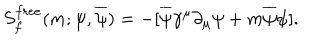
S _ { f } ^ { f r e e } ( m ; \psi , \overline { { \psi } } ) = - \lbrack \overline { { \psi } } \gamma ^ { \mu } \partial _ { \mu } \psi + m \overline { { \psi } } \psi \rbrack .